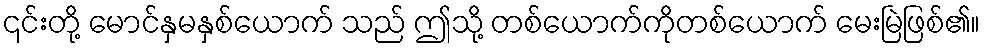
၎င်းတို့ မောင်နှမနှစ်ယောက် သည် ဤသို့ တစ်ယောက်ကိုတစ်ယောက် မေးမြဲဖြစ်၏။